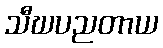
သီဃပညတာယ